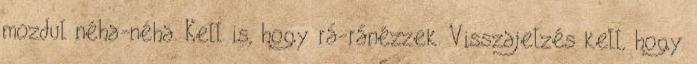
mozdul néha-néha. Kell is, hogy rá-ránézzek. Visszajelzés kell, hogy